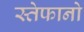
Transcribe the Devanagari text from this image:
स्तेफानो